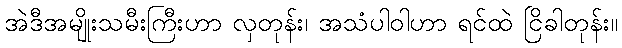
အဲဒီအမျိုးသမီးကြီးဟာ လှတုန်း၊ အသံပါဝါဟာ ရင်ထဲ ငြိခါတုန်း။